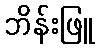
ဘိန်းဖြူ